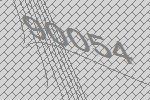
90054